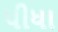
પીધા